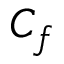
C _ { f }